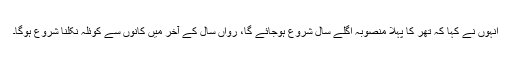
انہوں نے کہا کہ تھر کا پہلا منصوبہ اگلے سال شروع ہوجائے گا، رواں سال کے آخر میں کانوں سے کوئلہ نکلنا شروع ہوگا۔